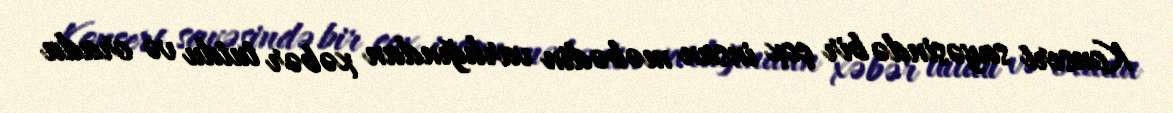
Konsert sayəsində bir çox insan məbədin varlığından xəbər tutdu və orada